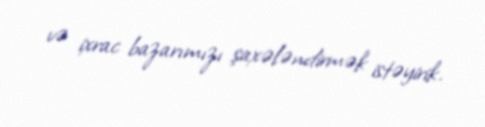
və ixrac bazarımızı şaxələndirmək istəyirik.